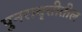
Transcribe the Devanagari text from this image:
पुनरावृत्तीतील